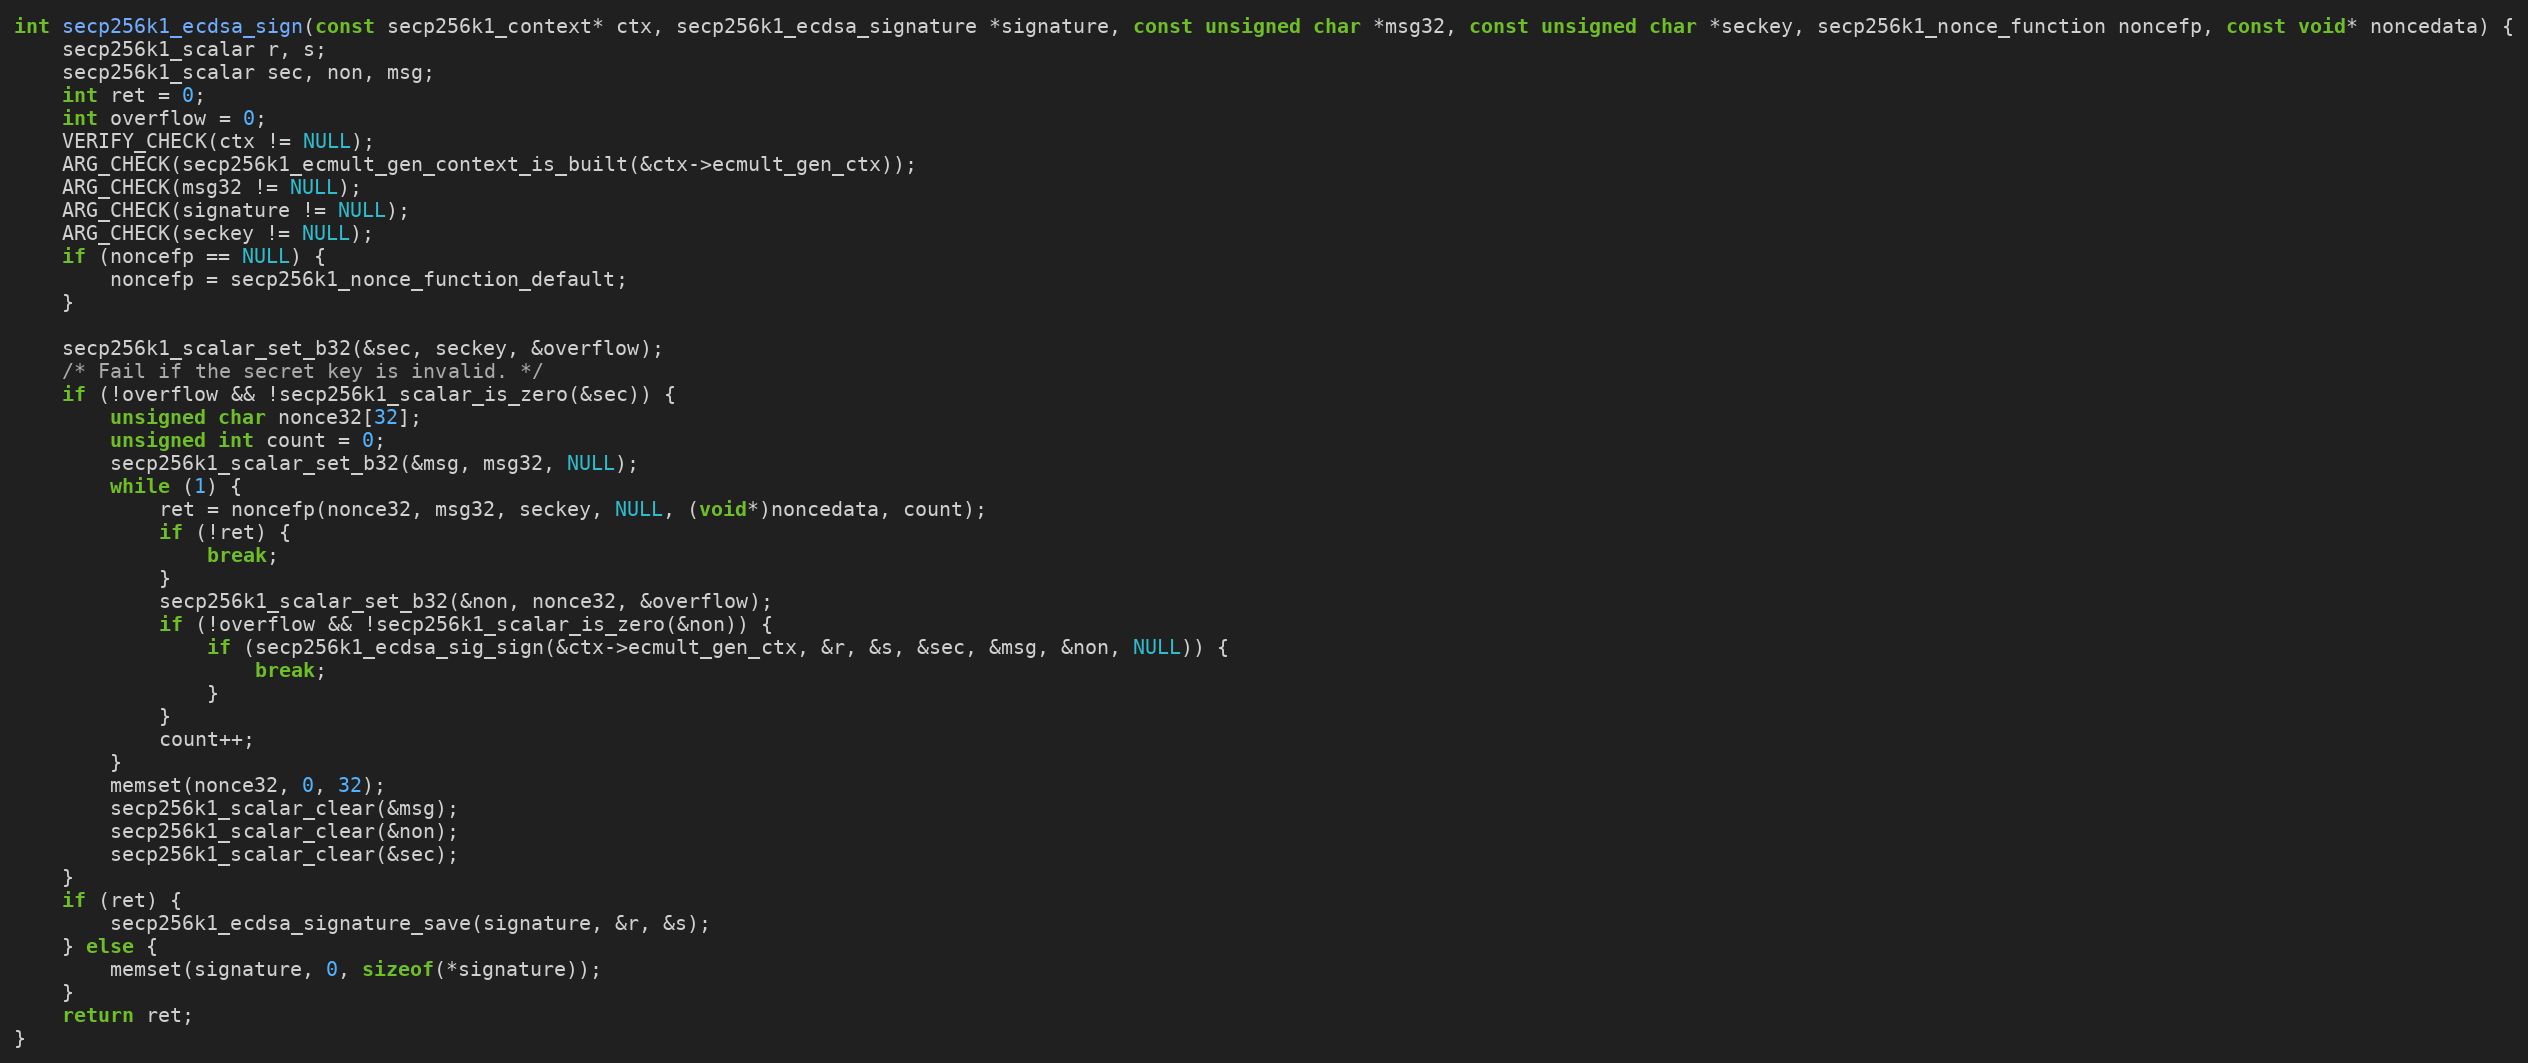
Language: C
int secp256k1_ecdsa_sign(const secp256k1_context* ctx, secp256k1_ecdsa_signature *signature, const unsigned char *msg32, const unsigned char *seckey, secp256k1_nonce_function noncefp, const void* noncedata) {
    secp256k1_scalar r, s;
    secp256k1_scalar sec, non, msg;
    int ret = 0;
    int overflow = 0;
    VERIFY_CHECK(ctx != NULL);
    ARG_CHECK(secp256k1_ecmult_gen_context_is_built(&ctx->ecmult_gen_ctx));
    ARG_CHECK(msg32 != NULL);
    ARG_CHECK(signature != NULL);
    ARG_CHECK(seckey != NULL);
    if (noncefp == NULL) {
        noncefp = secp256k1_nonce_function_default;
    }

    secp256k1_scalar_set_b32(&sec, seckey, &overflow);
    /* Fail if the secret key is invalid. */
    if (!overflow && !secp256k1_scalar_is_zero(&sec)) {
        unsigned char nonce32[32];
        unsigned int count = 0;
        secp256k1_scalar_set_b32(&msg, msg32, NULL);
        while (1) {
            ret = noncefp(nonce32, msg32, seckey, NULL, (void*)noncedata, count);
            if (!ret) {
                break;
            }
            secp256k1_scalar_set_b32(&non, nonce32, &overflow);
            if (!overflow && !secp256k1_scalar_is_zero(&non)) {
                if (secp256k1_ecdsa_sig_sign(&ctx->ecmult_gen_ctx, &r, &s, &sec, &msg, &non, NULL)) {
                    break;
                }
            }
            count++;
        }
        memset(nonce32, 0, 32);
        secp256k1_scalar_clear(&msg);
        secp256k1_scalar_clear(&non);
        secp256k1_scalar_clear(&sec);
    }
    if (ret) {
        secp256k1_ecdsa_signature_save(signature, &r, &s);
    } else {
        memset(signature, 0, sizeof(*signature));
    }
    return ret;
}